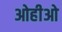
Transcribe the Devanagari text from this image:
ओहीओ